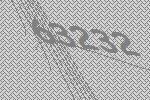
63232